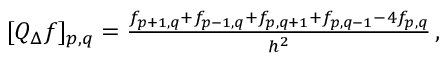
\begin{array} { r } { [ Q _ { \Delta } f ] _ { p , q } = \frac { f _ { p + 1 , q } + f _ { p - 1 , q } + f _ { p , q + 1 } + f _ { p , q - 1 } - 4 f _ { p , q } } { h ^ { 2 } } \, , } \end{array}